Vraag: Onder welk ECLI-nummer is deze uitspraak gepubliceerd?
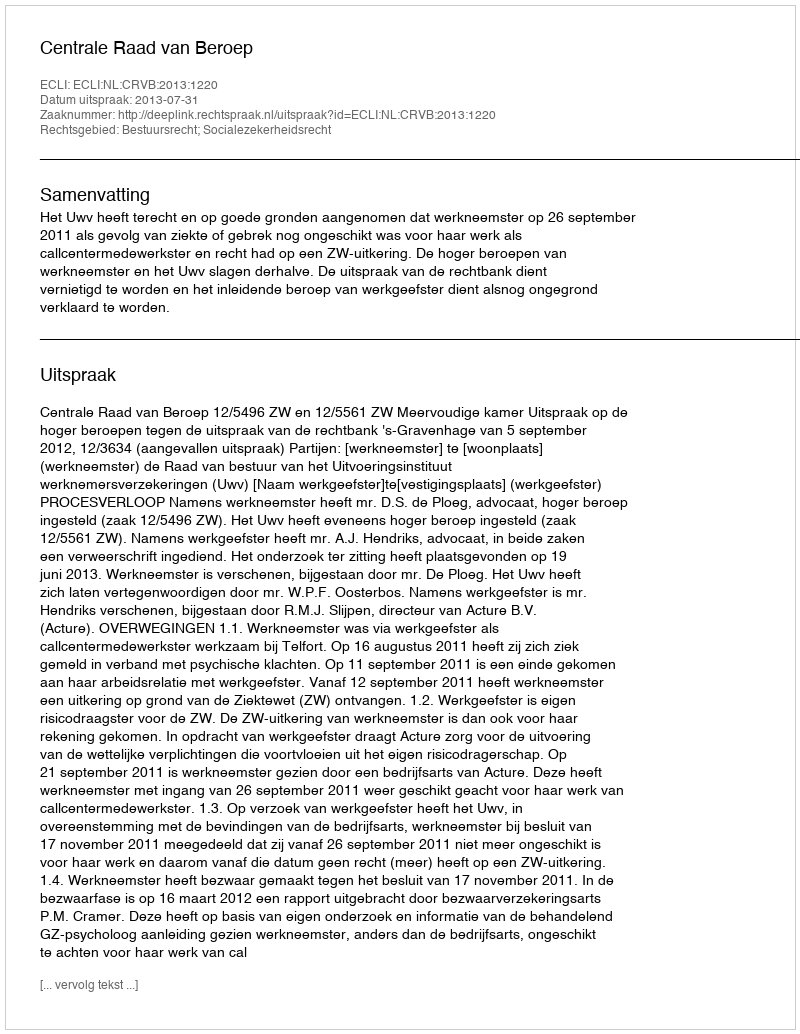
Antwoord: ECLI:NL:CRVB:2013:1220